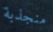
منجذبة